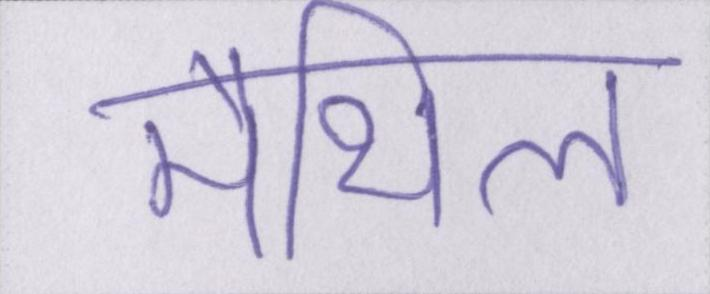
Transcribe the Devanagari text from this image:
मैथिल